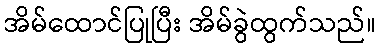
အိမ်ထောင်ပြုပြီး အိမ်ခွဲထွက်သည်။